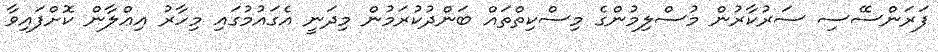
ފަރަންސޭސި ސަރުކާރުން މުސްލިމުންގެ މިސްކިތްތައް ބަންދުކުރަމުން މިދަނީ އެގައުމުގައި މިހާރު އިޢްލާން ކޮށްފައިވާ